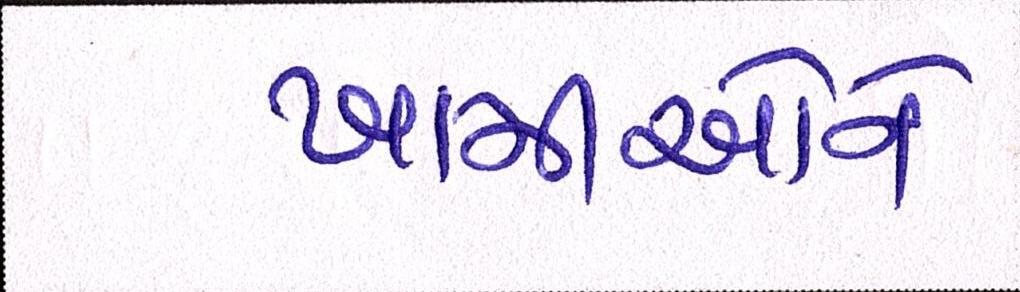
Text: ખામીઓને